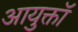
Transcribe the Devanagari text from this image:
आयुक्तॉ